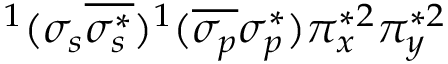
^ 1 ( \sigma _ { s } \overline { { \sigma _ { s } ^ { * } } } ) ^ { 1 } ( \overline { { \sigma _ { p } } } \sigma _ { p } ^ { * } ) \pi _ { x } ^ { * 2 } \pi _ { y } ^ { * 2 }